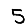
Digit: 5